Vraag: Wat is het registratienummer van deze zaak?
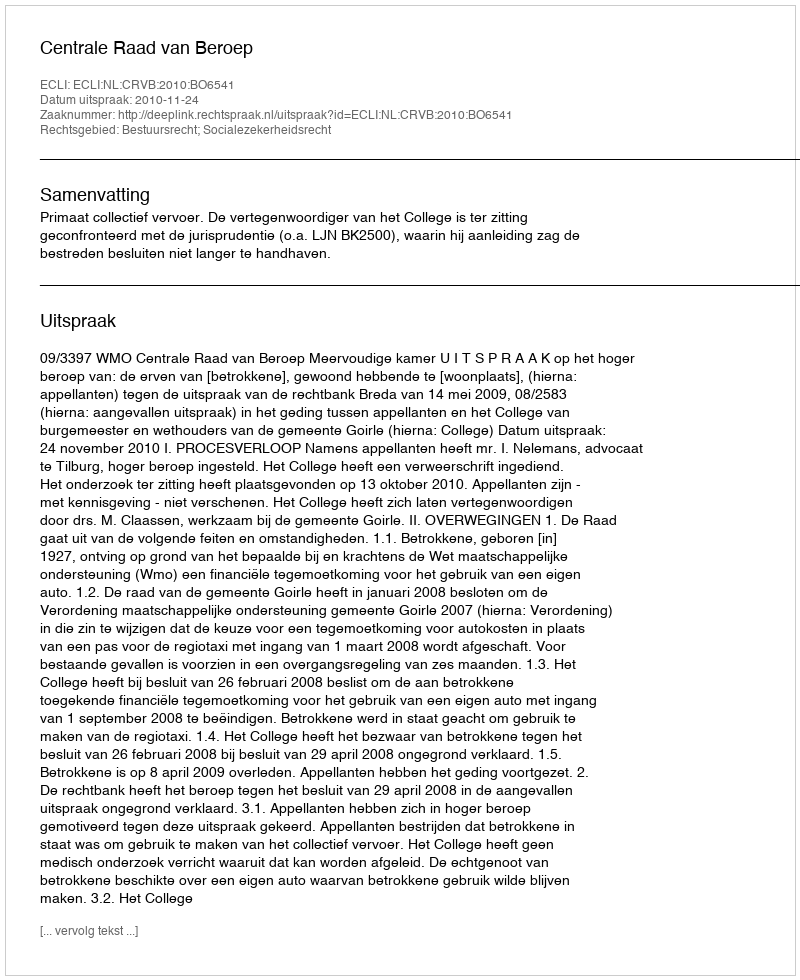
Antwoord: http://deeplink.rechtspraak.nl/uitspraak?id=ECLI:NL:CRVB:2010:BO6541